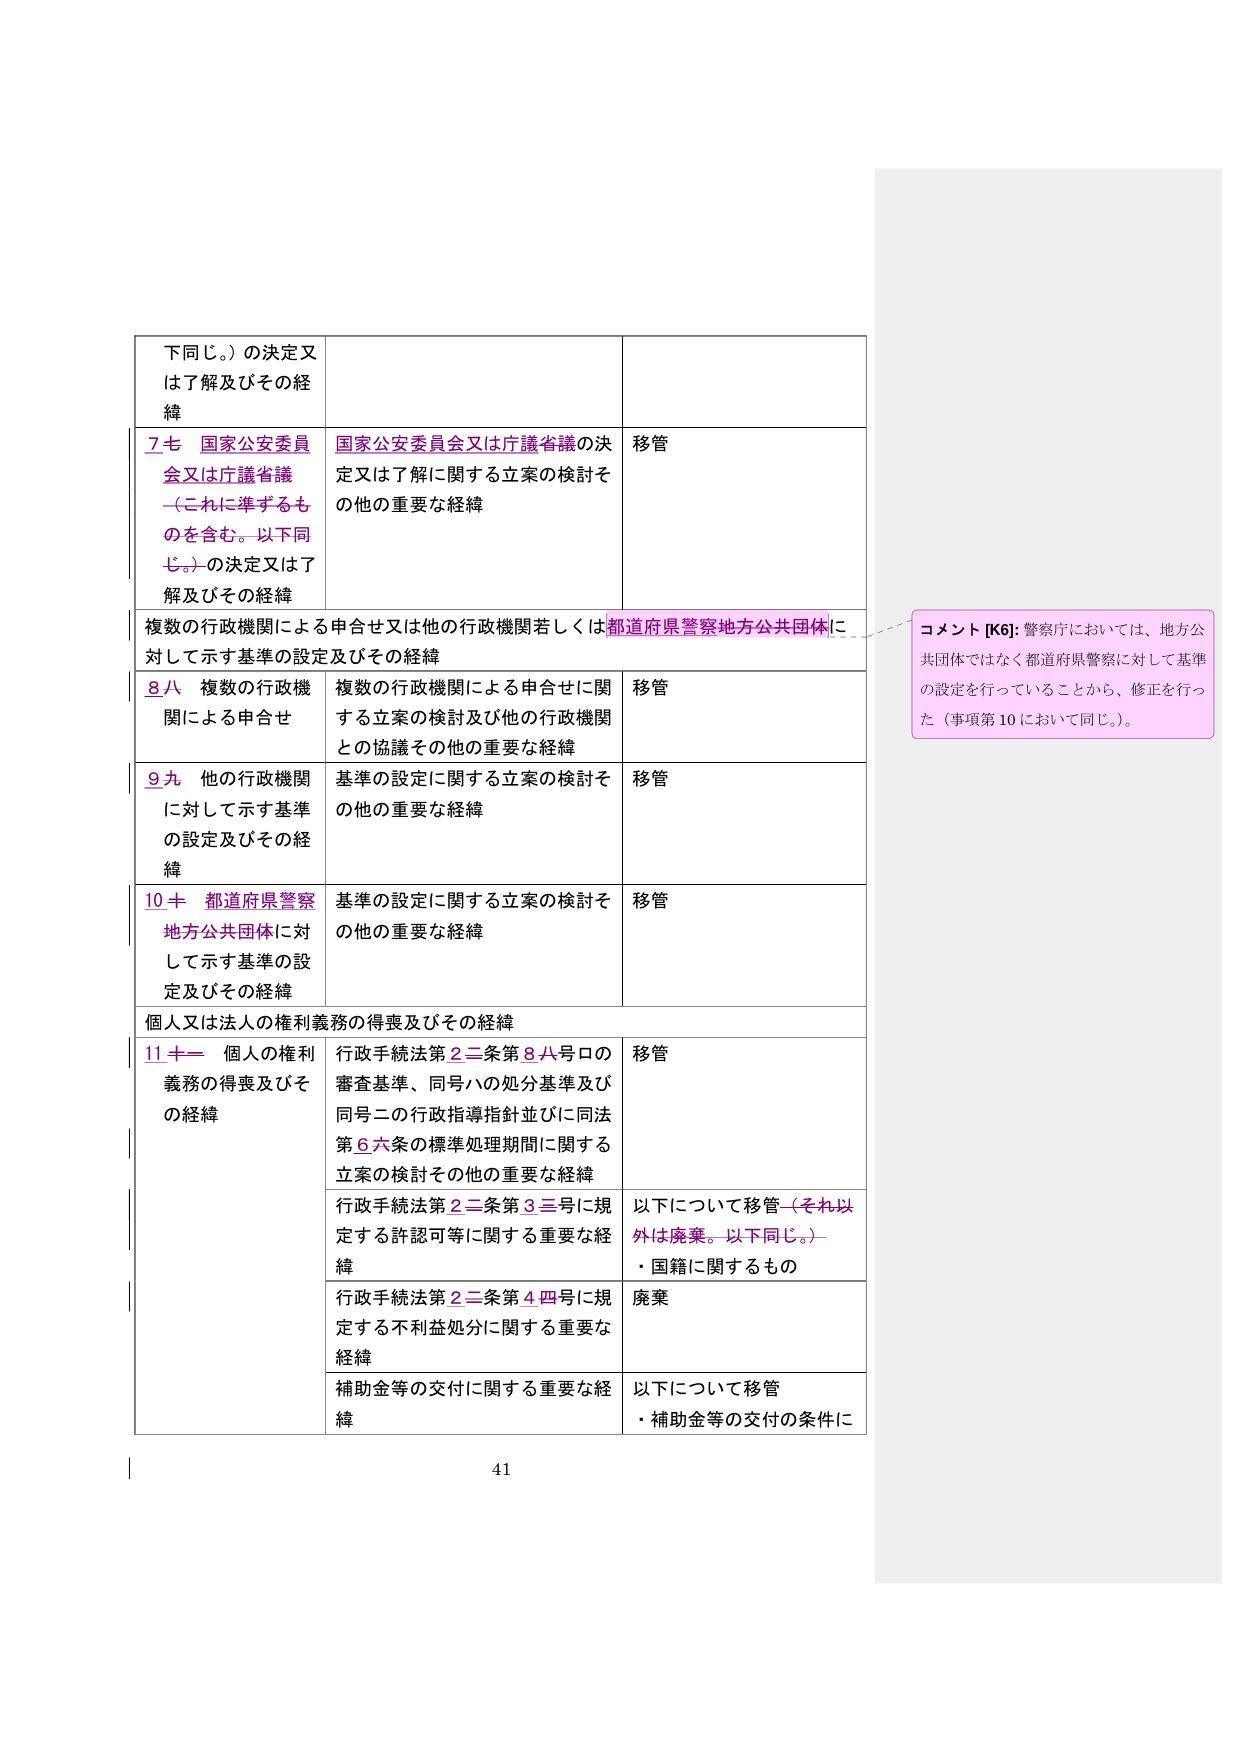
下同じ。）の決定又は了解及びその経緯

7 も 国家公安委員会又は庁議省議（これに準ずるものを含む。以下同じ。）の決定又は了解及びその経緯
国家公安委員会又は庁議省議の決定又は了解に関する立案の検討その他の重要な経緯
移管

複数の行政機関による申合せ又は他の行政機関若しくは都道府県警察地方公共団体に対して示す基準の設定及びその経緯

8 八 複数の行政機関による申合せ
複数の行政機関による申合せに関する立案の検討及び他の行政機関との協議その他の重要な経緯
移管

9 九 他の行政機関に対して示す基準の設定及びその経緯
基準の設定に関する立案の検討その他の重要な経緯
移管

10 十 都道府県警察地方公共団体に対して示す基準の設定及びその経緯
基準の設定に関する立案の検討その他の重要な経緯
移管

個人又は法人の権利義務の得喪及びその経緯

11 十一 個人の権利義務の得喪及びその経緯
行政手続法第22条第8八号ロの審査基準、同号ハの処分基準及び同号ニの行政指導指針並びに同法第6六条の標準処理期間に関する立案の検討その他の重要な経緯
移管

行政手続法第22条第3三号に規定する許認可等に関する重要な経緯
以下について移管（それ以外は廃棄。以下同じ。）
・国籍に関するもの

行政手続法第22条第4四号に規定する不利益処分に関する重要な経緯
廃棄

補助金等の交付に関する重要な経緯
以下について移管
・補助金等の交付の条件に

コメント [K6]: 警察庁においては、地方公共団体ではなく都道府県警察に対して基準の設定を行っていることから、修正を行った（事項第10において同じ。）。

41